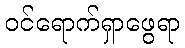
ဝင်ရောက်ရှာဖွေရာ